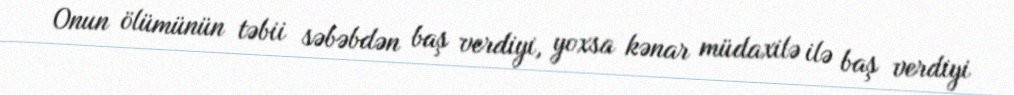
Onun ölümünün təbii səbəbdən baş verdiyi, yoxsa kənar müdaxilə ilə baş verdiyi